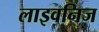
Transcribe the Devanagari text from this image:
लाइवनिज